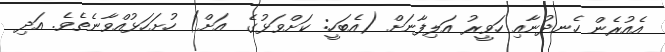
އެއުރެން ހެނދުނާއި ހަވީރު އަލިފާނަށް (އެބަހީ: ކަށްވަޅުގެ  އަށް) ހުށަހަޅުއްވާނެތެވެ. އަދި